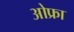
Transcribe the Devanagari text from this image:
ओफ्रा